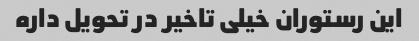
این رستوران خیلی تاخیر در تحویل داره